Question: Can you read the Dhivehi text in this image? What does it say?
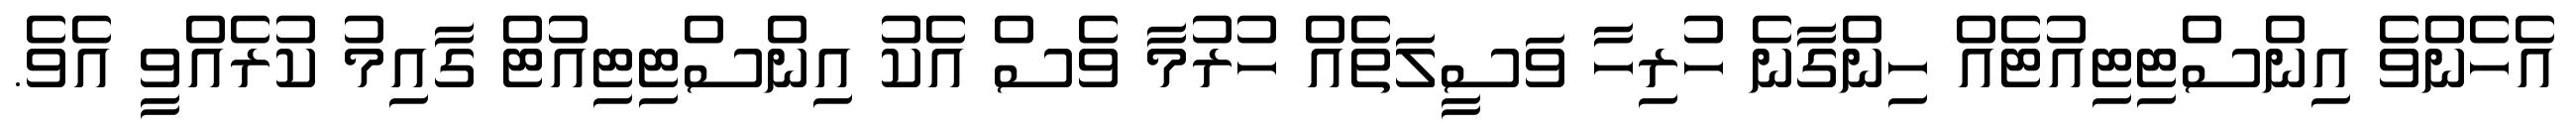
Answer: އެހެންވެ އިންސްޓިޓިއުޓެއް ހިންގާނެ ހުރިހާ ވަސީލަތެއް ހުރުމާ ވެސް އެކު އިންސްޓިޓިއުޓް ގާއިމު ކުރެއްވީ އެވެ.